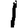
Digit: 1